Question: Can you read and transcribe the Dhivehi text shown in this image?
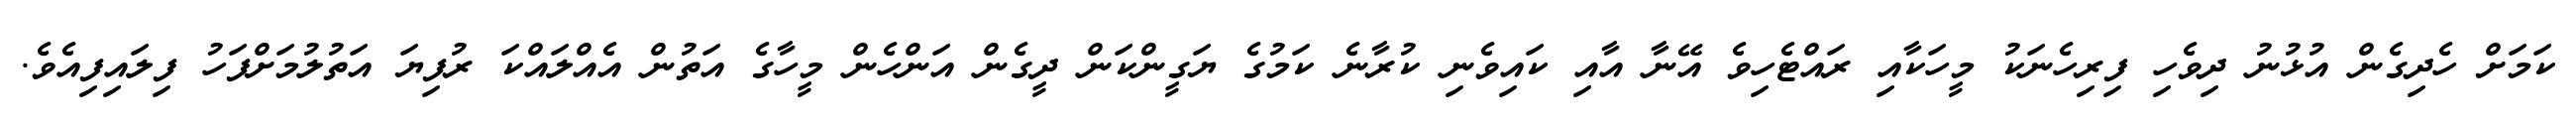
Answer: ކަމަށް ހެދިގެން އުޅުނު ދިވެހި ފިރިހެނަކު މީހަކާއި ރައްޓެހިވެ އޭނާ އާއި ކައިވެނި ކުރާނެ ކަމުގެ ޔަގީންކަން ދީގެން އަންހެން މީހާގެ އަތުން އެއްލައްކަ ރުފިޔަ އަތުލުމަށްފަހު ފިލައިފިއެވެ.